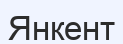
Янкент